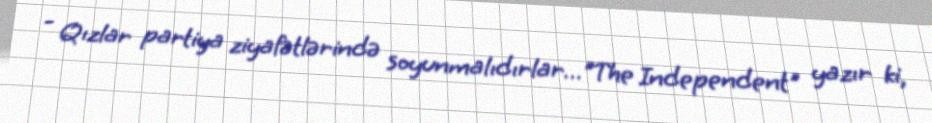
- Qızlar partiya ziyafətlərində soyunmalıdırlar…"The Independent" yazır ki,